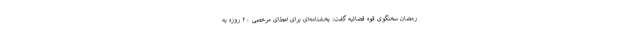
رمضان سخنگوی قوه قضائیه گفت: بخشنامه‌ای برای اعطای مرخصی ۲۰ روزه به